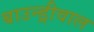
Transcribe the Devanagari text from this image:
बाउन्ड्रीवाल